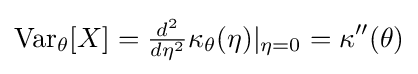
\mathrm {Var} _{\theta }[X]={\tfrac {d^{2}}{d\eta ^{2}}}\kappa _{\theta }(\eta )|_{\eta =0}=\kappa ''(\theta )